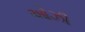
ઓઝી